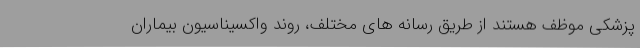
پزشکی موظف هستند از طریق رسانه های مختلف، روند واکسیناسیون بیماران